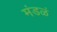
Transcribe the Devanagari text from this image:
मंडळं